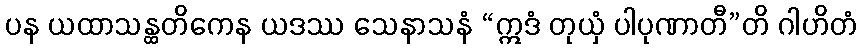
ပန ယထာသန္ထတိကေန ယဒဿ သေနာသနံ “ဣဒံ တုယှံ ပါပုဏာတီ”တိ ဂါဟိတံ